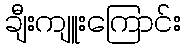
ချီးကျူးကြောင်း